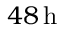
4 8 \, \mathrm { h }